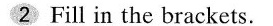
2 Fill in the brackets.